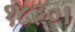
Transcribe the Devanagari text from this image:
१८३०।